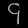
Digit: ၄